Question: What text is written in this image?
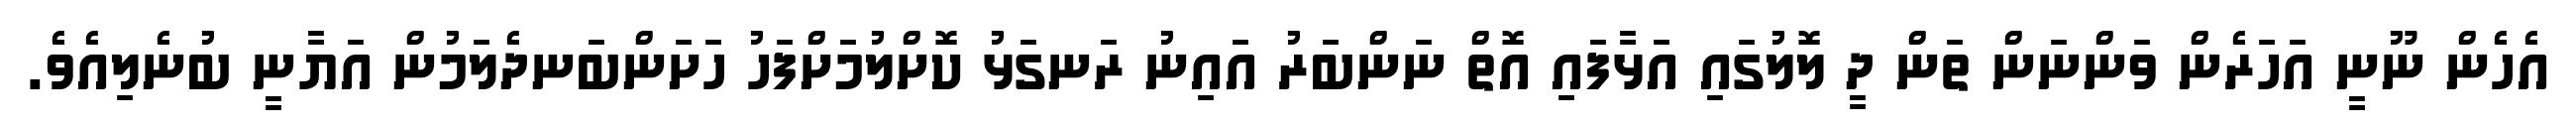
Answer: އެހެން ނޫނީ އަހަރެން ވަންނަން ތަން ދީ ލޮލުގައި އަޅާފައި އޮތް ނަންބަރު އައިނު ރަނގަޅު ކޮށްލުމަށްފަހު ހަށަންބަނދެލަމުން އަޔާނީ ބުނެލިއެވެ.